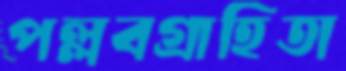
পল্লবগ্রাহিতা